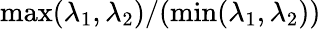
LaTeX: \operatorname*{max}(\lambda_{1},\lambda_{2})/(\operatorname*{min}(\lambda_{1},\lambda_{2}))